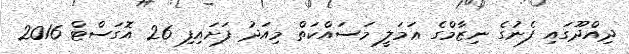
ދިއްދޫގައި ފެނުގެ ނިޒާމްގެ ޢަމަލީ މަސައްކަތް މިއަދު ފަށައިފި 26 އޮގަސްޓް 2016